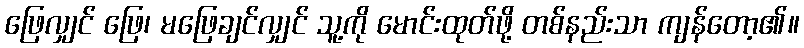
ဖြေလျှင် ဖြေ၊ မဖြေချင်လျှင် သူ့ကို မောင်းထုတ်ဖို့ တစ်နည်းသာ ကျန်တော့၏။